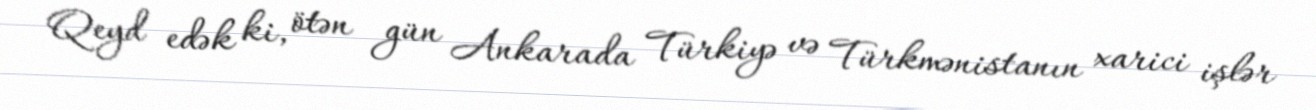
Qeyd edək ki, ötən gün Ankarada Türkiyə və Türkmənistanın xarici işlər